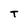
Character: T